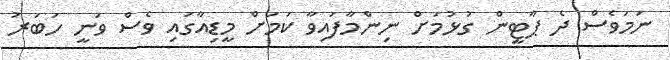
ނަމަވެސް ދެ ޕާޓީން ގުޅުމަށް ނިންމާފައިވާ ކަމަށް މީޑިއާގައި ވެސް ވަނީ ހަބަރު